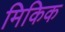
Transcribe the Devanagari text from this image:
मिकिक